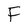
Character: F